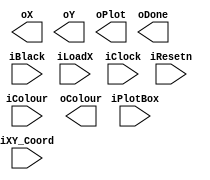
//
// This is the template for Part 2 of Lab 7.
//
// Paul Chow
// November 2021
//

module part2(iResetn,iPlotBox,iBlack,iColour,iLoadX,iXY_Coord,iClock,oX,oY,oColour,oPlot,oDone);
   parameter X_SCREEN_PIXELS = 8'd160;
   parameter Y_SCREEN_PIXELS = 7'd120;

   input wire iResetn, iPlotBox, iBlack, iLoadX;
   input wire [2:0] iColour;
   input wire [6:0] iXY_Coord;
   input wire 	    iClock;
   output wire [7:0] oX;         // VGA pixel coordinates
   output wire [6:0] oY;

   output wire [2:0] oColour;     // VGA pixel colour (0-7)
   output wire 	     oPlot;       // Pixel draw enable
   output wire       oDone;       // goes high when finished drawing frame

   //
   // Your code goes here
   //

endmodule // part2